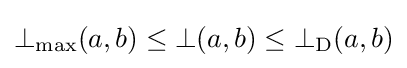
\mathrm {\bot _{max}} (a,b)\leq \bot (a,b)\leq \bot _{\mathrm {D} }(a,b)